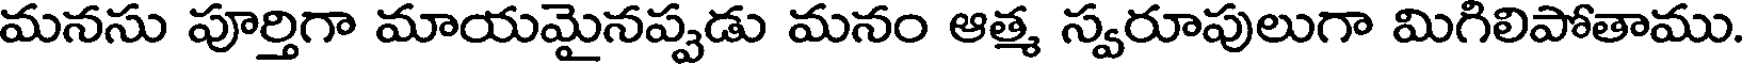
మనసు పూర్తిగా మాయమైనప్పడు మనం ఆత్మ స్వరూపులుగా మిగిలిపోతాము